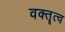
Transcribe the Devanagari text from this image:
वक्‍तॄत्‍व